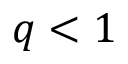
q < 1